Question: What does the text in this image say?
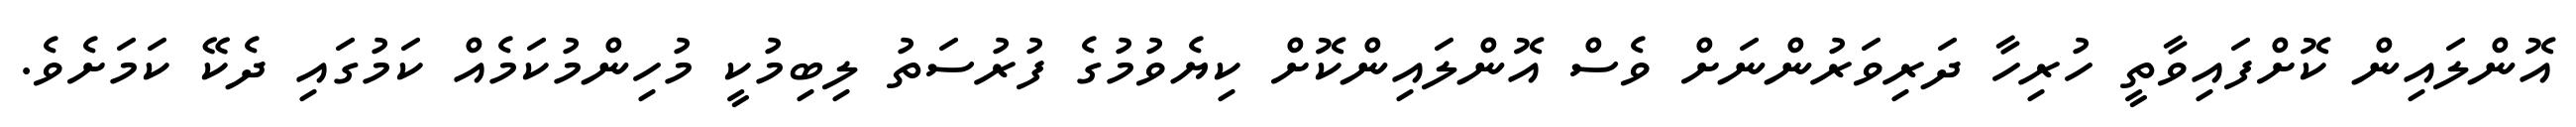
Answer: އޮންލައިން ކޮށްފައިވާތީ ހުރިހާ ދަރިވަރުންނަށް ވެސް އޮންލައިންކޮށް ކިޔެވުމުގެ ފުރުސަތު ލިބިމުކީ މުހިންމުކަމެއް ކަމުގައި ދެކޭ ކަމަށެވެ.